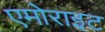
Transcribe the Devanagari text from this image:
एमोराइट